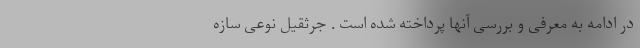
در ادامه به معرفی و بررسی آنها پرداخته شده است . جرثقیل نوعی سازه